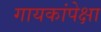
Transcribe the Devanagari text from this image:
गायकांपेक्षा